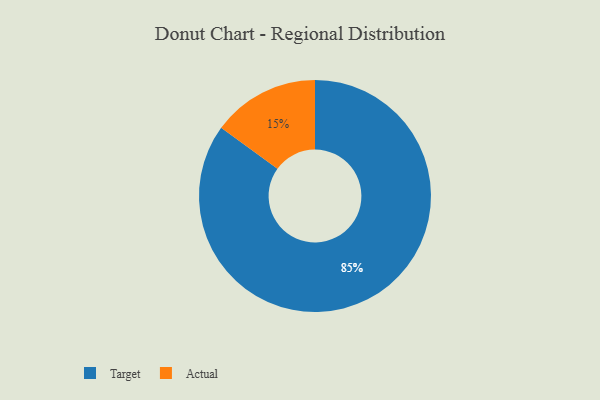
{"axis": {"x": "Category", "y": "Percentage"}, "legend": ["Actual", "Target"], "data": [{"x": "Target", "y": 85, "type": "Target"}, {"x": "Actual", "y": 15, "type": "Actual"}]}